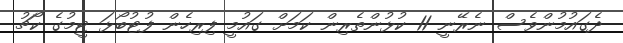
ދެގައުމުންވެސް ނެރޭނީ 11 ކުޅުންތެރިން ކަމަށް ގައުމީ ފިރިހެން ފުޓުބޯޅަ ޓީމުގެ ކޯޗު